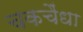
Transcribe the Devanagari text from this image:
चकचैंधा